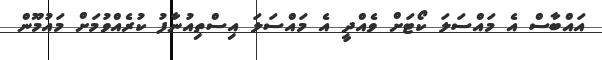
އައްބާސް އެ މައްސަލަ ކޯޓަށް ވެއްދީ އެ މައްސަލަ އިސްތިއުނާފު ކުރެއްވުމަށް މައުމޫން